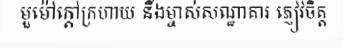
មួម៉ៅក្តៅក្រហាយ នឹងម្ចាស់សណ្ឋាគារ ភ្ញៀវចិត្ត